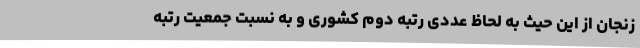
زنجان از این حیث به لحاظ عددی رتبه دوم کشوری و به نسبت جمعیت رتبه